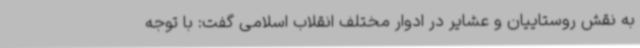
به نقش روستاییان و عشایر در ادوار مختلف انقلاب اسلامی گفت: با توجه